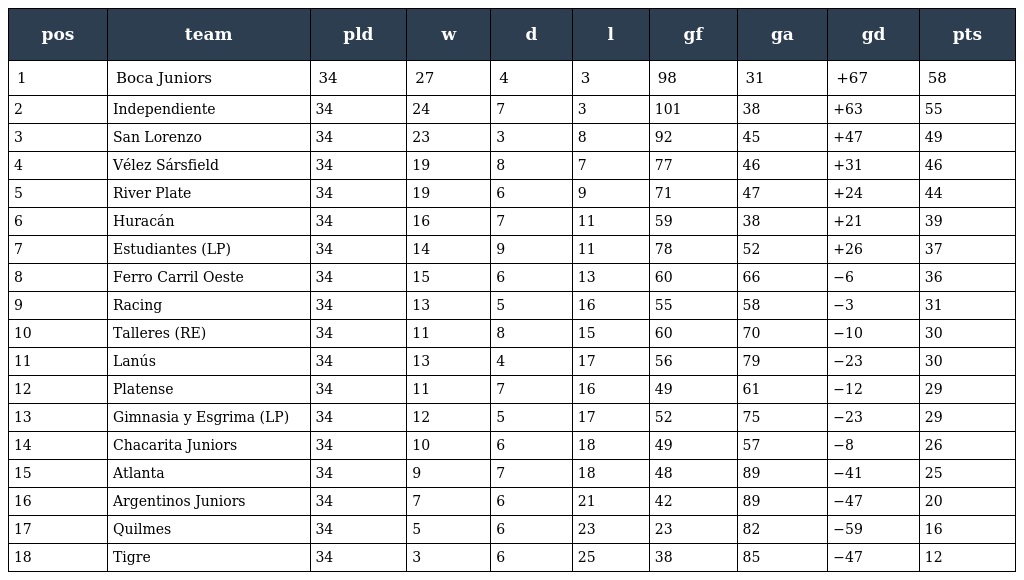
| pos | team | pld | w | d | l | gf | ga | gd | pts |
 | --- | --- | --- | --- | --- | --- | --- | --- | --- | --- |
 | 1 | Boca Juniors | 34 | 27 | 4 | 3 | 98 | 31 | +67 | 58 |
 | 2 | Independiente | 34 | 24 | 7 | 3 | 101 | 38 | +63 | 55 |
 | 3 | San Lorenzo | 34 | 23 | 3 | 8 | 92 | 45 | +47 | 49 |
 | 4 | Vélez Sársfield | 34 | 19 | 8 | 7 | 77 | 46 | +31 | 46 |
 | 5 | River Plate | 34 | 19 | 6 | 9 | 71 | 47 | +24 | 44 |
 | 6 | Huracán | 34 | 16 | 7 | 11 | 59 | 38 | +21 | 39 |
 | 7 | Estudiantes (LP) | 34 | 14 | 9 | 11 | 78 | 52 | +26 | 37 |
 | 8 | Ferro Carril Oeste | 34 | 15 | 6 | 13 | 60 | 66 | −6 | 36 |
 | 9 | Racing | 34 | 13 | 5 | 16 | 55 | 58 | −3 | 31 |
 | 10 | Talleres (RE) | 34 | 11 | 8 | 15 | 60 | 70 | −10 | 30 |
 | 11 | Lanús | 34 | 13 | 4 | 17 | 56 | 79 | −23 | 30 |
 | 12 | Platense | 34 | 11 | 7 | 16 | 49 | 61 | −12 | 29 |
 | 13 | Gimnasia y Esgrima (LP) | 34 | 12 | 5 | 17 | 52 | 75 | −23 | 29 |
 | 14 | Chacarita Juniors | 34 | 10 | 6 | 18 | 49 | 57 | −8 | 26 |
 | 15 | Atlanta | 34 | 9 | 7 | 18 | 48 | 89 | −41 | 25 |
 | 16 | Argentinos Juniors | 34 | 7 | 6 | 21 | 42 | 89 | −47 | 20 |
 | 17 | Quilmes | 34 | 5 | 6 | 23 | 23 | 82 | −59 | 16 |
 | 18 | Tigre | 34 | 3 | 6 | 25 | 38 | 85 | −47 | 12 |